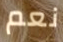
نعم